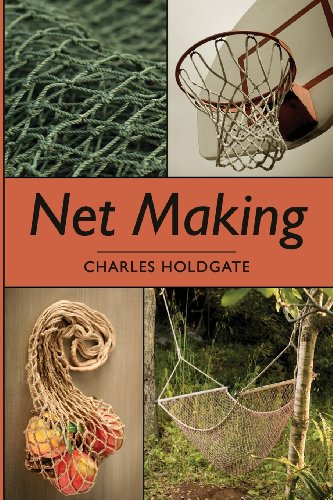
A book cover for Net Making; Charles Holdgate; Crafts, Hobbies & Home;